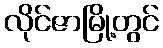
လိုင်ဇာမြို့တွင်